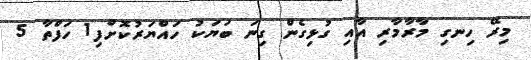
މިރޭ ހިނގި މާރާމާރި އާއި ގުޅިގެން ގިނަ ބަޔަކު ހައްޔަރުކޮށްފި1 ހަފްތާ 5